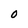
Character: 0